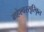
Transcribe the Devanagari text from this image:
महेश्वरसूरिकृत